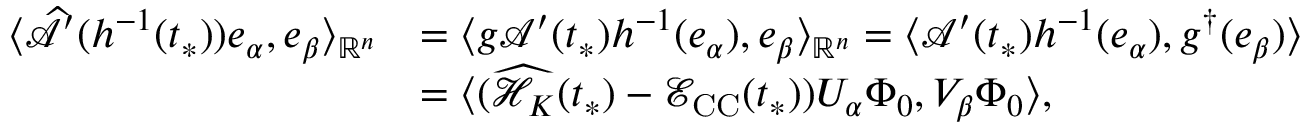
\begin{array} { r l } { \langle \widehat { \mathcal { A } } ^ { \prime } ( h ^ { - 1 } ( t _ { * } ) ) e _ { \alpha } , e _ { \beta } \rangle _ { \mathbb { R } ^ { n } } } & { = \langle g \mathcal { A } ^ { \prime } ( t _ { * } ) h ^ { - 1 } ( e _ { \alpha } ) , e _ { \beta } \rangle _ { \mathbb { R } ^ { n } } = \langle \mathcal { A } ^ { \prime } ( t _ { * } ) h ^ { - 1 } ( e _ { \alpha } ) , g ^ { \dag } ( e _ { \beta } ) \rangle } \\ & { = \langle ( \widehat { \mathcal { H } _ { K } } ( t _ { * } ) - \mathcal { E } _ { \mathrm { C C } } ( t _ { * } ) ) U _ { \alpha } \Phi _ { 0 } , V _ { \beta } \Phi _ { 0 } \rangle , } \end{array}